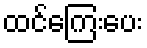
ထင်ကြေးပေး